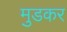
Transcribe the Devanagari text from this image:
मुडकर